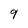
Character: 9